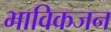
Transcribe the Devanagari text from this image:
भाविकजन